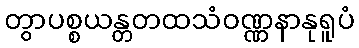
တွာပစ္စယန္တတထသံဝဏ္ဏနာနုရူပံ